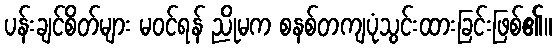
ပန်းချင်စိတ်များ မဝင်ရန် ညိုမက စနစ်တကျပုံသွင်းထားခြင်းဖြစ်၏။